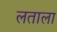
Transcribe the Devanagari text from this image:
लताला